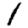
Digit: 1